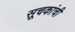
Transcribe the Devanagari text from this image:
सूचकांची